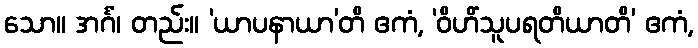
သော။ အင်္ဂံ၊ တည်း။ ‘ယာပနာယာ’တိ ဧကံ, ‘ဝိဟိံသူပရတိယာတိ’ ဧကံ,